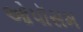
ઓપૉસમ